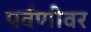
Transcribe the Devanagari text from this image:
पर्वणीवर